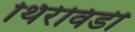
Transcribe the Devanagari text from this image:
थिरेविडी